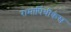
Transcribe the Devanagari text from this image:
रामापिथीकस